Report on vaccination in the Province of Bengal - 1869-1873
Year: 1869
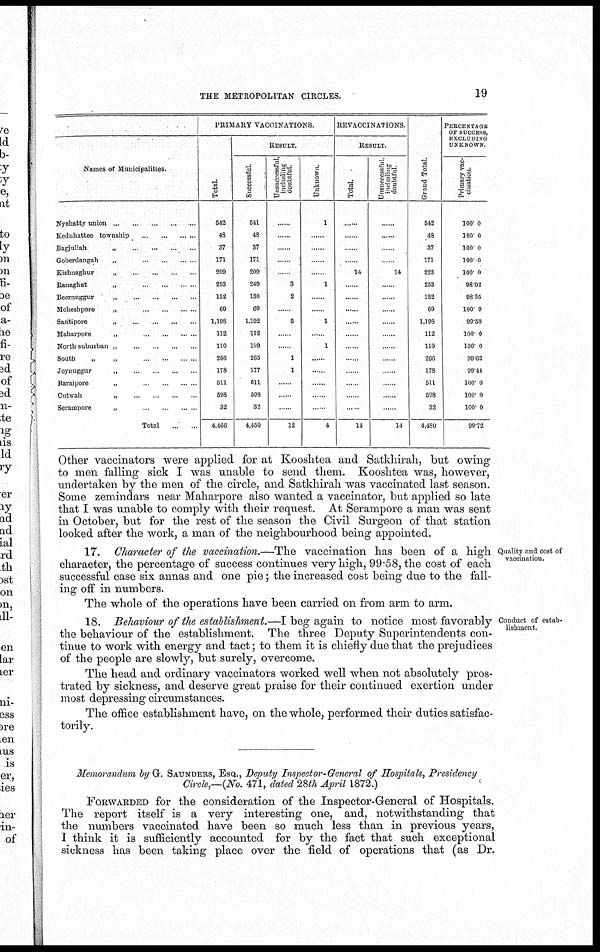
THE METROPOLITAN CIRCLES.
19
Names of Municipalities.
Nyehatty union
...
...
...
...
...
Keduhattee township ... ... ... ...
Bagjullah
„
...
...
...
...
Goberdangah
„
...
...
...
...
Kishnaghur
„
...
...
...
...
Ranaghat
„
...
...
...
...
Beernuggur
„
...
...
...
...
Moheshpore
„
...
...
...
...
Santipore
„
...
...
...
...
Maharpore
„
...
...
...
...
North suburban „
...
...
...
...
South
„
„
...
...
...
...
Joynuggur
„
...
...
...
...
Baraipore
„
...
...
...
...
Cutwah
„ ... ... ... ...
Serampore
„
...
...
...
...
Total
...
...
PRIMARY VACCINATIONS.
Total.
542
48
37
171
209
253
132
69
1,198
112
110
266
178
511
598
32
4,466
RESULT.
Successful.
541
48
37
171
209
249
130
69
1,192
112
109
265
177
511
598
32
4,450
Unsuccessful,
including
doubtful.
......
......
......
......
......
3
2
......
5
......
......
1
1
......
......
......
12
Unknown.
1
......
......
......
......
1
....
......
1
......
1
......
......
......
......
......
4
REVACCINATIONS
RESULT.
Total.
......
......
......
......
14
......
......
......
......
......
......
......
......
......
......
......
14
Unsuccessful,
including
doubtful.
......
......
......
......
14
......
......
......
......
......
......
......
......
......
......
......
14
Grand Total.
542
48
37
171
223
253
132
69
1,198
112
110
266
178
511
598
32
4,480
PERCENTAGE
OF SUCCESS,
EXCLUDING
UNKNOWN
Primary vac-
cination.
100.0
100.0
100.0
100.0
100.0
98.02
98.55
100.9
99.58
100.0
100.0
99.62
99.44
100.0
100.0
100.0
99.72
Other vaccinators were applied for at Kooshtea and Satkhirah, but owing
to men falling sick I was unable to send them. Kooshtea was, however,
undertaken by the men of the circle, and Satkhirah was vaccinated last season.
Some zemindars near Maharpore also wanted a vaccinator, but applied so late
that I was unable to comply with their request. At Serampore a man was sent
in October, but for the rest of the season the Civil Surgeon of that station
looked after the work, a man of the neighbourhood being appointed.
Quality and cost of
vaccination.
17. Character of the vaccination.—The vaccination has been of a high
character, the percentage of success continues very high, 99.58, the cost of each
successful case six annas and one pie; the increased cost being due to the fall-
ing off in numbers.
The whole of the operations have been carried on from arm to arm.
Conduct of estab-
lishment.
18. Behaviour of the establishment.—I beg again to notice most favorably
the behaviour of the establishment. The three Deputy Superintendents con-
tinue to work with energy and tact; to them it is chiefly due that the prejudices
of the people are slowly, but surely, overcome.
The head and ordinary vaccinators worked well when not absolutely pros-
trated by sickness, and deserve great praise for their continued exertion under
most depressing circumstances.
The office establishment have, on the whole, performed their duties satisfac-
torily.
Memorandum by G. SAUNDERS, ESQ., Deputy Inspector-General of Hospitals, Presidency
Circle,—(No. 471, dated 28th April 1872.)
FORWARDED for the consideration of the Inspector-General of Hospitals.
The report itself is a very interesting one, and, notwithstanding that
the numbers vaccinated have been so much less than in previous years,
I think it is sufficiently accounted for by the fact that such exceptional
sickness has been taking place over the field of operations that (as Dr.